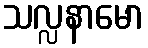
သလ္လနာမော